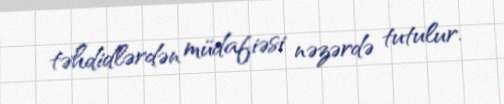
təhdidlərdən müdafiəsi nəzərdə tutulur.